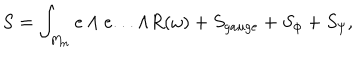
S = \int _ { M _ { n } } e \wedge e . . . \wedge R ( \omega ) + S _ { g a u g e } + S _ { \phi } + S _ { \psi } ,